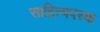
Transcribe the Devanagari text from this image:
साहित्यपरक